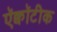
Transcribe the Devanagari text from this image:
ऍक्वॉटीक